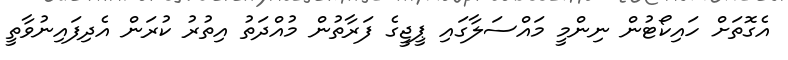
އެގޮތަށް ހައިކޯޓުން ނިންމީ މައްސަލާގައި ޕީޖީގެ ފަރާތުން މުއްދަތު އިތުރު ކުރަން އެދިފައިނުވާތީ